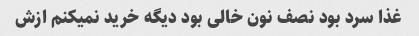
غذا سرد بود نصف نون خالی بود دیگه خرید نمیکنم ازش